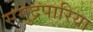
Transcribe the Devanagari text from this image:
समुद्रपारिया